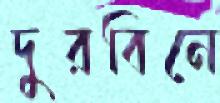
দুরবিনে